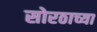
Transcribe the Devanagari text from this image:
सोरठाच्या